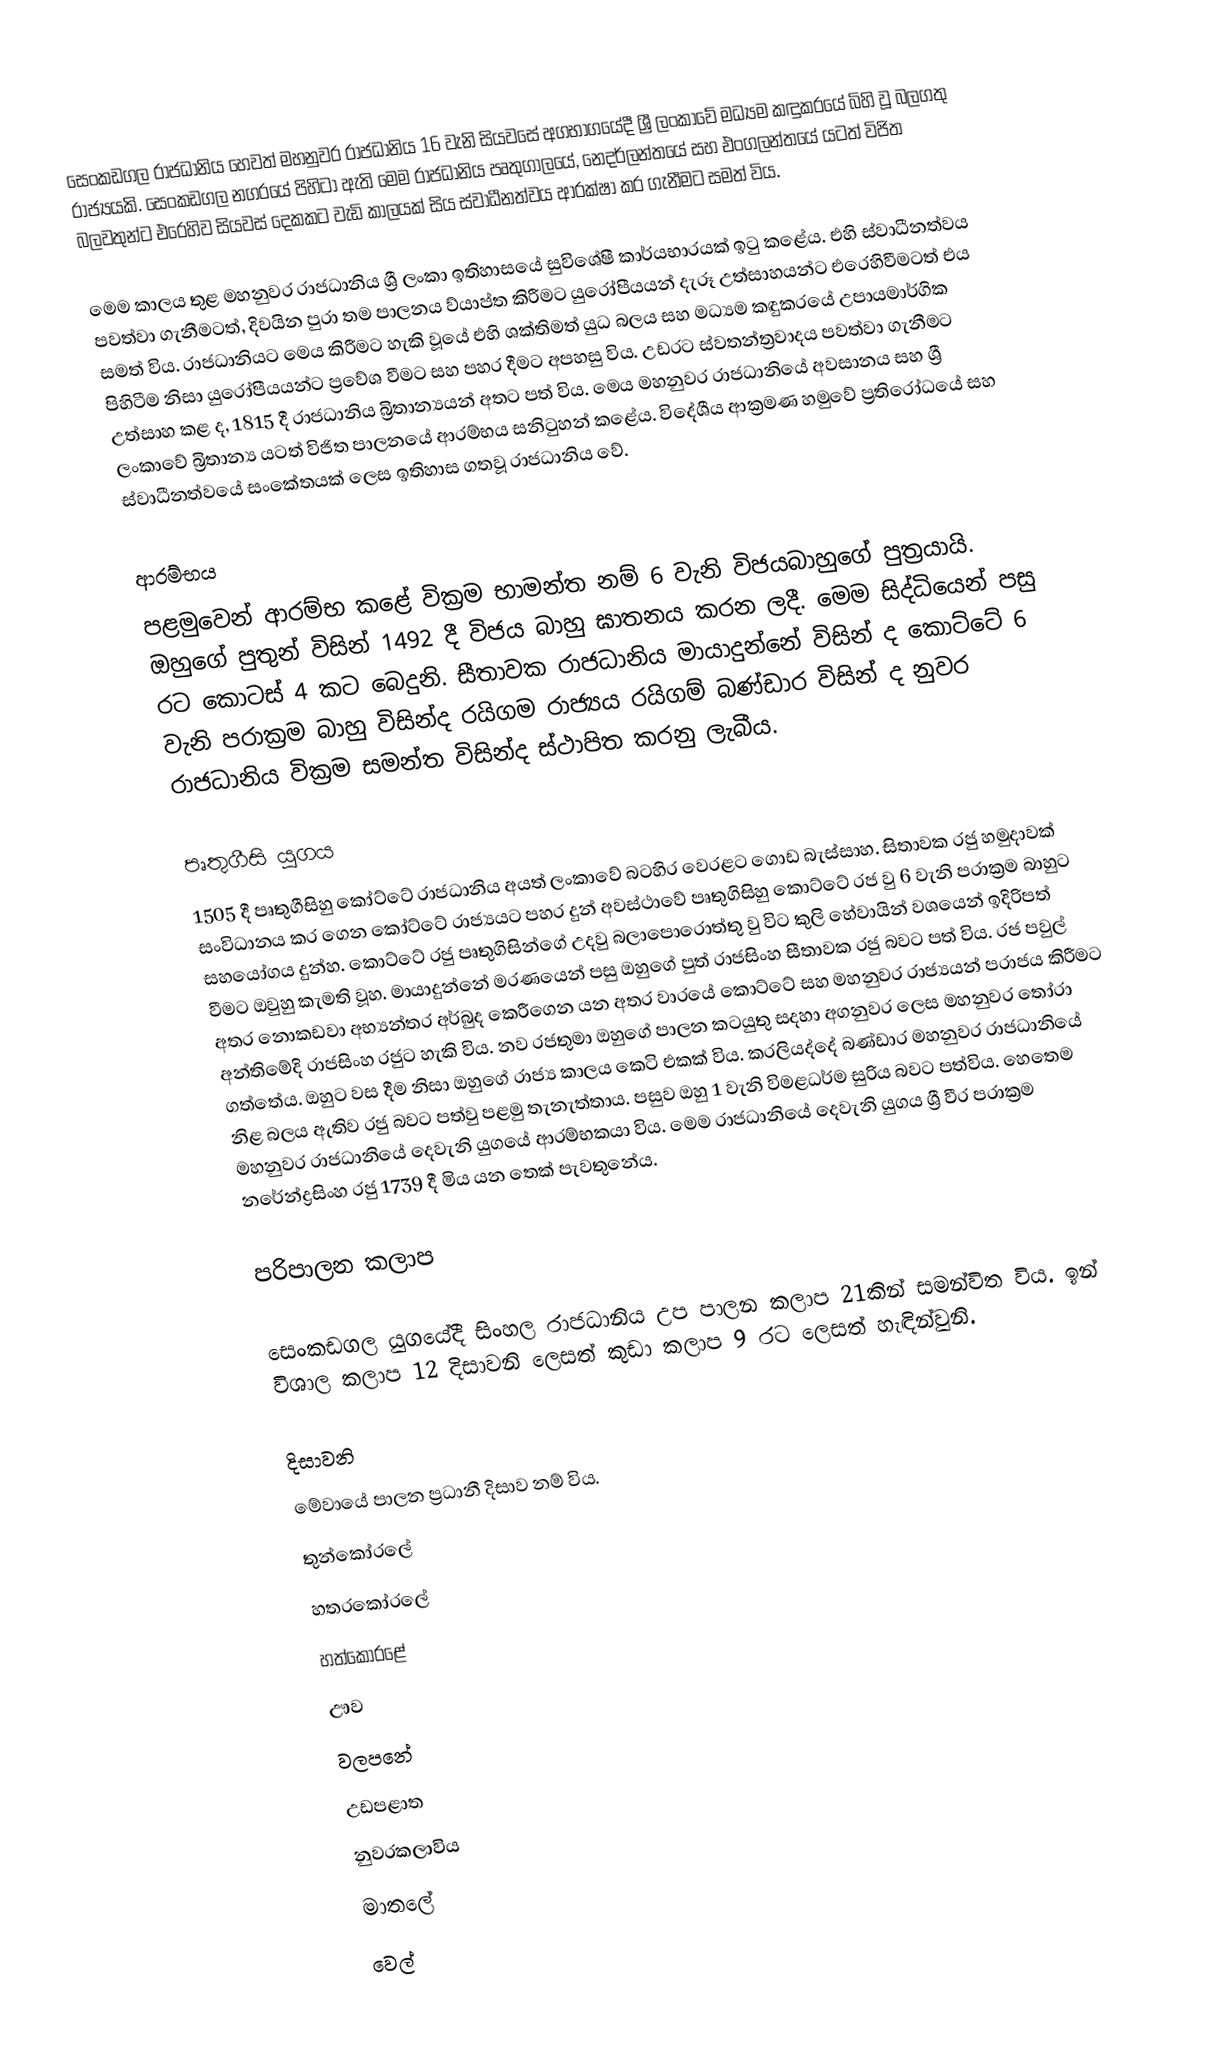
සෙංකඩගල රාජධානිය හෙවත් මහනුවර රාජධානිය 16 වැනි සියවසේ අගභාගයේදී ශ්‍රී ලංකාවේ මධ්‍යම කඳුකරයේ බිහි වූ බලගතු රාජ්‍යයකි. සෙංකඩගල නගරයේ පිහිටා ඇති මෙම රාජධානිය පෘතුගාලයේ, නෙදර්ලන්තයේ සහ එංගලන්තයේ යටත් විජිත බලවතුන්ට එරෙහිව සියවස් දෙකකට වැඩි කාලයක් සිය ස්වාධීනත්වය ආරක්ෂා කර ගැනීමට සමත් විය.

මෙම කාලය තුළ මහනුවර රාජධානිය ශ්‍රී ලංකා ඉතිහාසයේ සුවිශේෂී කාර්යභාරයක් ඉටු කළේය. එහි ස්වාධීනත්වය පවත්වා ගැනීමටත්, දිවයින පුරා තම පාලනය ව්යාප්ත කිරීමට යුරෝපීයයන් දැරූ උත්සාහයන්ට එරෙහිවීමටත් එය සමත් විය. රාජධානියට මෙය කිරීමට හැකි වූයේ එහි ශක්තිමත් යුධ බලය සහ මධ්‍යම කඳුකරයේ උපායමාර්ගික පිහිටීම නිසා යුරෝපීයයන්ට ප්‍රවේශ වීමට සහ පහර දීමට අපහසු විය. උඩරට ස්වතන්ත්‍රවාදය පවත්වා ගැනීමට උත්සාහ කළ ද, 1815 දී රාජධානිය බ්‍රිතාන්‍යයන් අතට පත් විය. මෙය මහනුවර රාජධානියේ අවසානය සහ ශ්‍රී ලංකාවේ බ්‍රිතාන්‍ය යටත් විජිත පාලනයේ ආරම්භය සනිටුහන් කළේය. විදේශීය ආක්‍රමණ හමුවේ ප්‍රතිරෝධයේ සහ ස්වාධීනත්වයේ සංකේතයක් ලෙස ඉතිහාස ගතවූ රාජධානිය වේ.

ආරම්භය
පළමුවෙන් ආරම්භ කළේ වික්‍රම භාමන්ත නම් 6 වැනි විජයබාහුගේ පුත්‍රයායි. ඔහුගේ පුතුන් විසින් 1492 දී විජය බාහු ඝාතනය කරන ලදී. මෙම සිද්ධියෙන් පසු රට කොටස් 4 කට බෙදුනි. සීතාවක රාජධානිය මායාදුන්නේ විසින් ද කොට්ටේ 6 වැනි පරාක්‍රම බාහු විසින්ද රයිගම රාජ්‍යය රයිගම් බණ්ඩාර විසින් ද නුවර රාජධානිය වික්‍රම සමන්ත විසින්ද ස්ථාපිත කරනු ලැබීය.

පෘතුගීසි යුගය
1505 දී පෘතුගීසිහු කෝට්ටේ රාජධානිය අයත් ලංකාවේ බටහිර වෙරළට ගොඩ බැස්සාහ. සිතාවක රජු හමුදාවක් සංවිධානය කර ගෙන කෝට්ටේ රාජ්‍යයට පහර දුන් අවස්ථාවේ  පෘතුගිසිහු කොට්ටේ රජ වු 6 වැනි පරාක්‍රම බාහුට සහයෝගය දුන්හ. කොට්ටේ රජු පෘතුගිසින්ගේ උදවු බලාපොරොත්තු වු විට කුලි හේවායින් වශයෙන් ඉදිරිපත් වීමට ඔවුහු කැමති වූහ. මායාදුන්නේ මරණයෙන් පසු ඔහුගේ පුත් රාජසිංහ සීතාවක රජු බවට පත් විය. රජ පවුල් අතර නොකඩවා අභ්‍යන්තර අර්බුද කෙරීගෙන යන අතර වාරයේ කොට්ටේ සහ මහනුවර රාජ්‍යයන් පරාජය  කිරීමට අන්තිමේදි රාජසිංහ රජුට හැකි විය. නව රජතුමා ඔහුගේ පාලන කටයුතු සදහා අගනුවර ලෙස මහනුවර තෝරා ගත්තේය. ඔහුට වස දීම නිසා ඔහුගේ රාජ්‍ය කාලය කෙටි එකක් විය. කරලියද්දේ බණ්ඩාර මහනුවර රාජධානියේ නිළ බලය ඇතිව රජු බවට පත්වු පළමු තැනැත්තාය. පසුව ඔහු 1 වැනි විමළධර්ම සුරිය බවට පත්විය. හෙතෙම මහනුවර රාජධානියේ දෙවැනි යුගයේ ආරම්භකයා විය. මෙම රාජධානියේ දෙවැනි යුගය ශ්‍රී වීර පරාක්‍රම නරේන්ද්‍රසිංහ රජු 1739 දී මිය යන තෙක් පැවතුනේය.

පරිපාලන කලාප

සෙංකඩගල යුගයේදී සිංහල රාජධානිය උප පාලන කලාප 21කින් සමන්විත විය. ඉන් විශාල කලාප 12 දිසාවනි ලෙසත් කුඩා කලාප 9 රට ලෙසත් හැඳින්වුනි.

දිසාවනි
මේවායේ පාලන ප්‍රධානී දිසාව නම් විය.
 තුන්කෝරලේ
 හතරකෝරලේ
 හත්කෝරළේ
 ඌව
 වලපනේ
 උඩපළාත
 නුවරකලාවිය
 මාතලේ
 වෙල්